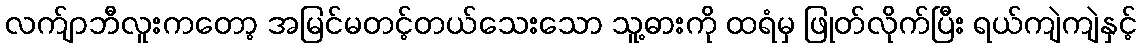
လက်ျာဘီလူးကတော့ အမြင်မတင့်တယ်သေးသော သူ့ဓားကို ထရံမှ ဖြုတ်လိုက်ပြီး ရယ်ကျဲကျဲနှင့်